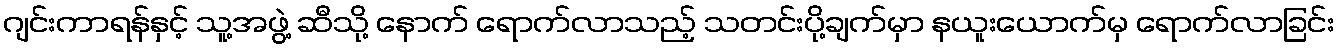
ဂျင်းကာရန်နှင့် သူ့အဖွဲ့ ဆီသို့ နောက် ရောက်လာသည့် သတင်းပို့ချက်မှာ နယူးယောက်မှ ရောက်လာခြင်း